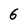
Character: 6